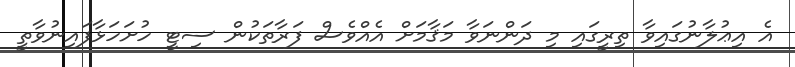
އެ އިޢުލާނުގައިވާ ތިރީގައި މި ދަންނަވާ މަޤާމަށް އެއްވެސް ފަރާތަކުން ސިޓީ ހުށަހަޅާފައިނުވާތީ